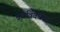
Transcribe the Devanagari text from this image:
ब्रह्मविवर्धनः।